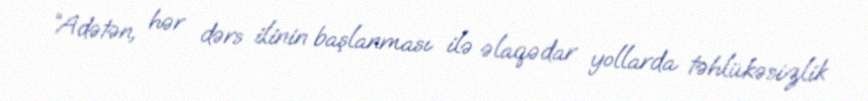
“Adətən, hər dərs ilinin başlanması ilə əlaqədar yollarda təhlükəsizlik